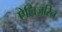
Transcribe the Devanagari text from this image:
ऐलिज़रिन